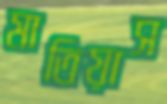
মাতিয়াস